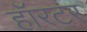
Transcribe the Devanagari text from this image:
हॉरटर